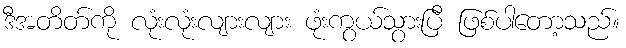
ဒီအတိတ်ကို လုံးလုံးလျားလျား ဖုံးကွယ်သွားပြီ ဖြစ်ပါတော့သည်။